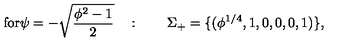
\mathrm { f o r \psi = - \sqrt { \frac { \phi ^ 2 - 1 } { 2 } } } \quad : \qquad \Sigma _ { + } = \{ ( \phi ^ { 1 / 4 } , 1 , 0 , 0 , 0 , 1 ) \} ,